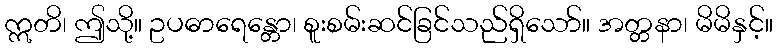
ဣတိ၊ ဤသို့။ ဥပဓာရေန္တော၊ စူးစမ်းဆင်ခြင်သည်ရှိသော်။ အတ္တနာ၊ မိမိနှင့်။